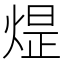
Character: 𪹈